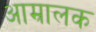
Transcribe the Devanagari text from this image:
आम्रालक